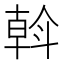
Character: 斡